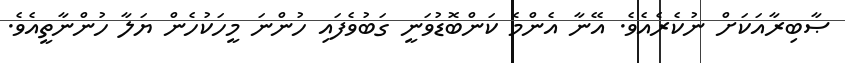
ޞާބިރާއަކަށް ނުކެރެއެވެ. އޭނާ އެންމެ ކަންބޮޑުވަނީ ގަބުވެފައި ހުންނަ މީހަކުހެން ޔަލާ ހުންނާތީއެވެ.